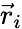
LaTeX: {\vec{r}}_{i}